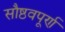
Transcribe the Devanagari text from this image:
सौष्ठवपूर्ण